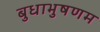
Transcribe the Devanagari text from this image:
बुधाभुषणम